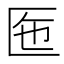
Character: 𠤷